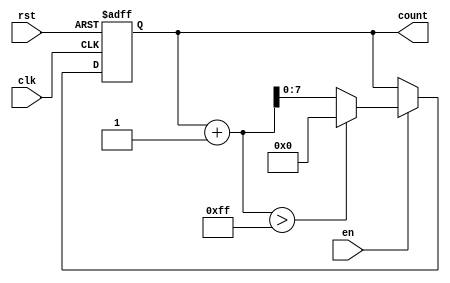
module IncrementalCounter #(
    parameter INIT_VAL = 0,      // Initial value of the counter
    parameter MAX_VAL = 255,     // Maximum value of the counter
    parameter INC_VAL = 1        // Increment value
)(
    input wire clk,              // Clock signal
    input wire rst,              // Asynchronous reset signal
    input wire en,               // Enable signal for counting
    output reg [$clog2(MAX_VAL+1)-1:0] count // Current count value
);

    // Initialize count on power up
    initial begin
        count = INIT_VAL;
    end

    // Counter operation
    always @(posedge clk or posedge rst) begin
        if (rst) begin
            // Asynchronous reset, set count to initial value
            count <= INIT_VAL;
        end else if (en) begin
            // Increment counter if enabled
            if (count + INC_VAL > MAX_VAL) begin
                count <= INIT_VAL; // Wrap around to initial value
            end else begin
                count <= count + INC_VAL; // Increment by increment value
            end
        end
    end

endmodule